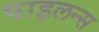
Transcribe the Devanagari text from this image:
पाइलन्स